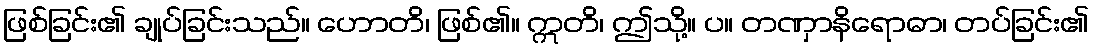
ဖြစ်ခြင်း၏ ချုပ်ခြင်းသည်။ ဟောတိ၊ ဖြစ်၏။ ဣတိ၊ ဤသို့။ ပ။ တဏှာနိရောဓာ၊ တပ်ခြင်း၏